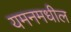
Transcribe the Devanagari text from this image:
यमनमधील